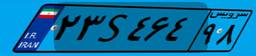
۰۱S۸۲۳۶۶